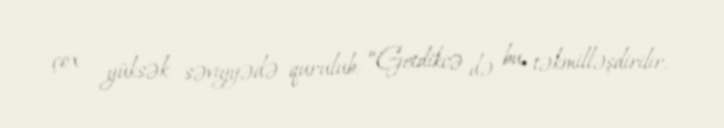
çox yüksək səviyyədə qurulub: “Getdikcə də bu, təkmilləşdirilir.